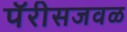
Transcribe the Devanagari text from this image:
पॅरीसजवळ